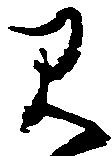
見